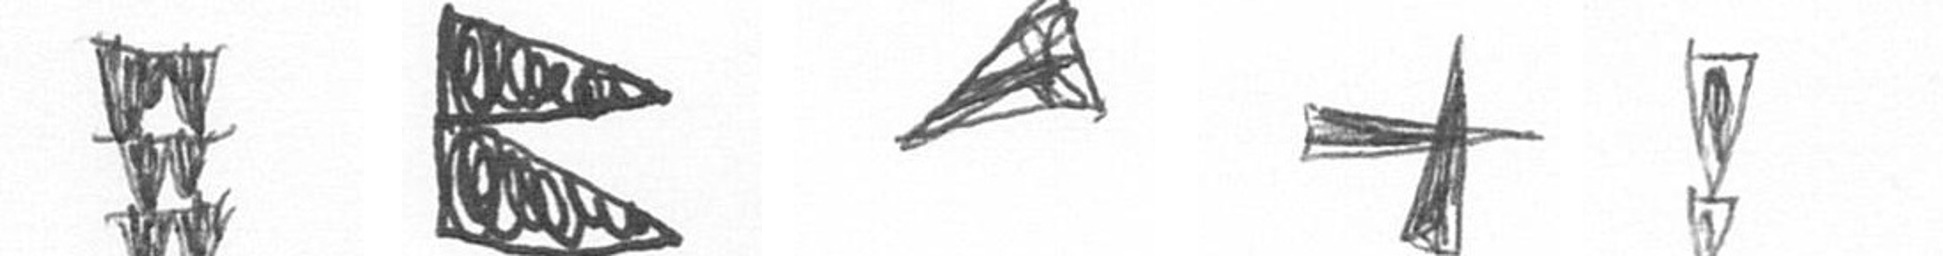
Y P O G Z